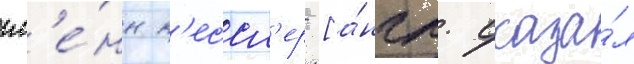
гл'е́нн к'ессл'ер [а́нгл. сказа́л